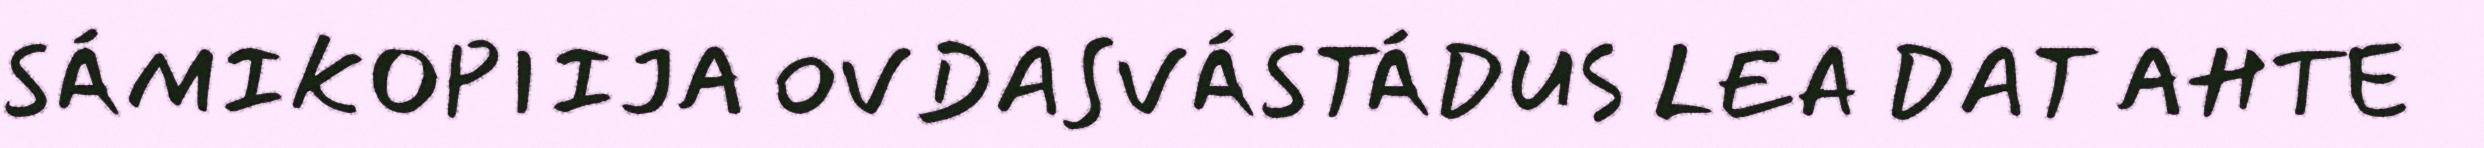
SÁMIKOPIIJA OVDASVÁSTÁDUS LEA DAT AHTE